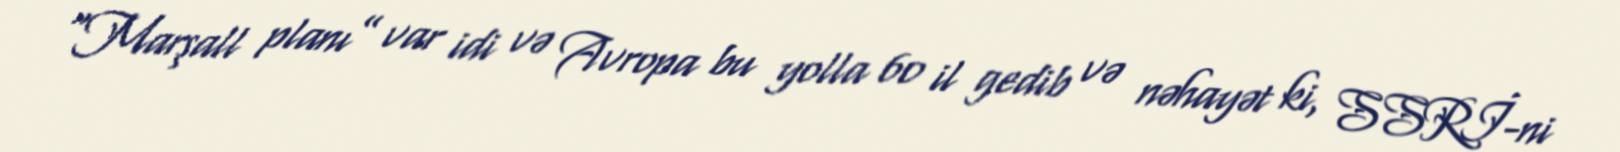
“Marşall planı” var idi və Avropa bu yolla 60 il gedib və nəhayət ki, SSRİ-ni